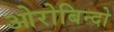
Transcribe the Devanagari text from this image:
ओरोबिन्दो